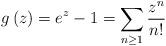
LaTeX: \begin{align*}g\left(z\right)=e^{z}-1=\sum_{n\ge1}\frac{z^{n}}{n!}\end{align*}